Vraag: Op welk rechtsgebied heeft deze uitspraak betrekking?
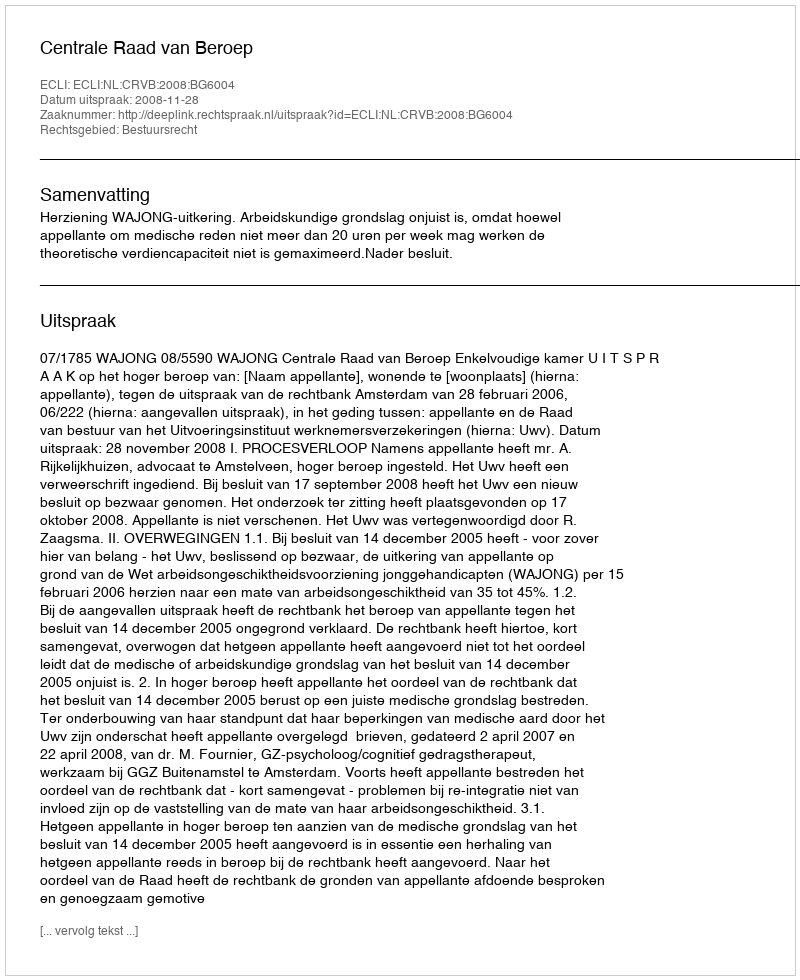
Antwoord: Bestuursrecht